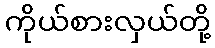
ကိုယ်စားလှယ်တို့